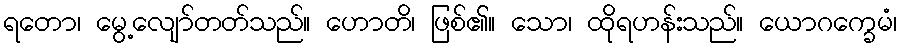
ရတော၊ မွေ့လျော်တတ်သည်။ ဟောတိ၊ ဖြစ်၏။ သော၊ ထိုရဟန်းသည်။ ယောဂက္ခေမံ၊